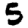
Digit: 5